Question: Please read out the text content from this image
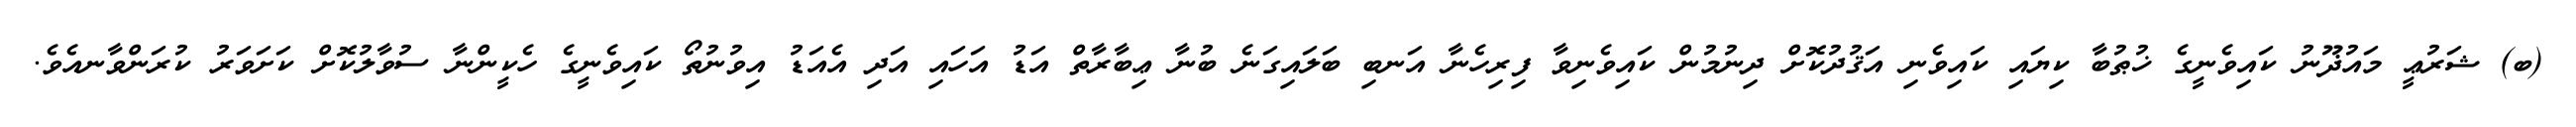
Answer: (ބ) ޝަރުޢީ މައުޛޫނު ކައިވެނީގެ ޚުޠުބާ ކިޔައި ކައިވެނި އަޤުދުކޮށް ދިނުމުން ކައިވެނިވާ ފިރިހެނާ އަނބި ބަލައިގަނެ ބުނާ ޢިބާރާތް އަޑު އަހައި އަދި އެއަޑު އިވުނުތޯ ކައިވެނީގެ ހެކީންނާ ސުވާލުކޮށް ކަށަވަރު ކުރަންވާނއެވެ.